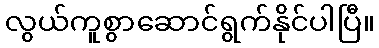
လွယ်ကူစွာဆောင်ရွက်နိုင်ပါပြီ။